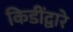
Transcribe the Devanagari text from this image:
किडींद्वारे